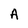
Character: A